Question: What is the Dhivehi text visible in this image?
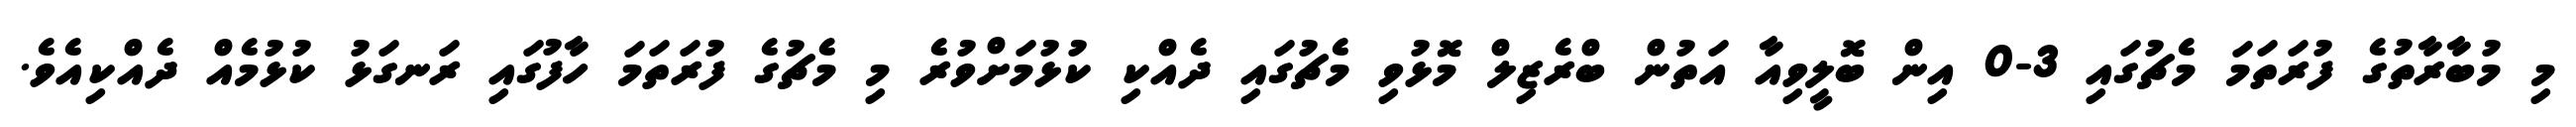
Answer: މި މުބާރާތުގެ ފުރަތަމަ މެޗުގައި 3-0 އިން ބޮލީވިއާ އަތުން ބްރެޒިލް މޮޅުވި މެޗުގައި ދެއްކި ކުޅުމަށްވުރެ މި މެޗުގެ ފުރަތަމަ ހާފުގައި ރަނގަޅު ކުޅުމެއް ދެއްކިއެވެ.